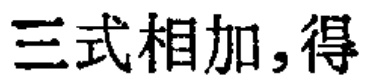
三式相加，得